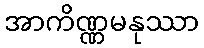
အာကိဏ္ဏမနုဿာ